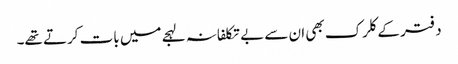
دفتر کے کلرک بھی ان سے بے تکلفانہ لہجے میں بات کرتے تھے۔